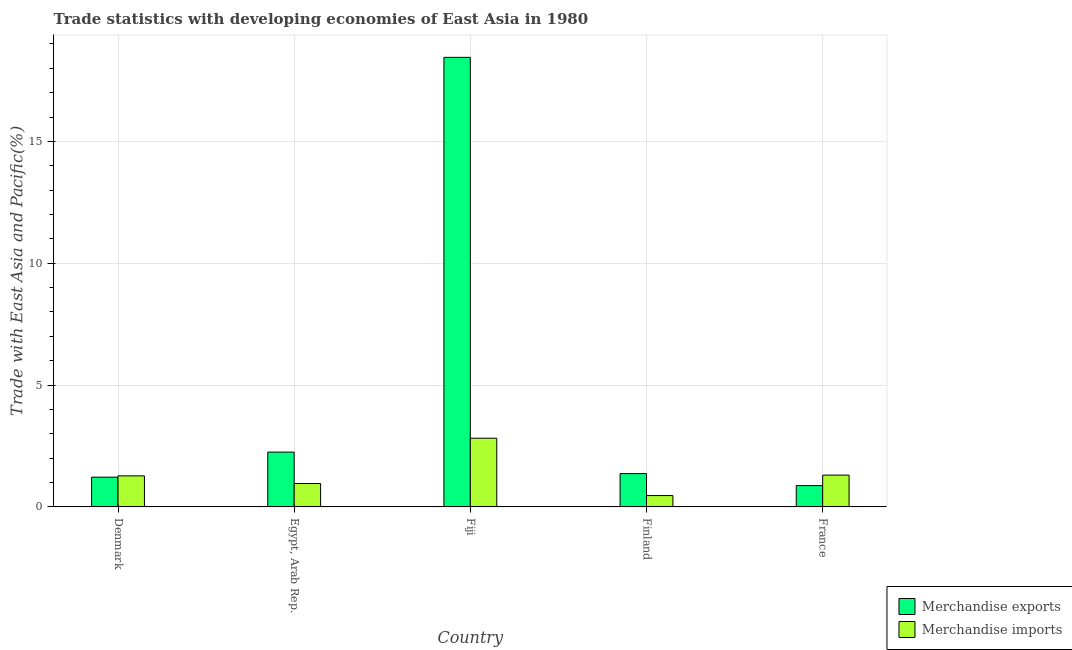
| Country | Merchandise exports | Merchandise imports |
 | --- | --- | --- |
 | Denmark | 1.22 | 1.28 |
 | Egypt, Arab Rep. | 2.25 | 0.961 |
 | Fiji | 18.4 | 2.82 |
 | Finland | 1.37 | 0.466 |
 | France | 0.875 | 1.31 |